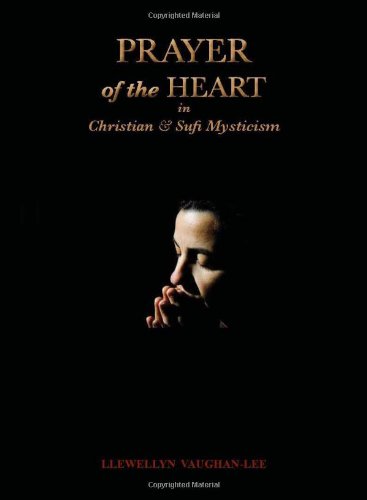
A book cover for Prayer of the Heart in Christian and Sufi Mysticism; Llewellyn Vaughan-Lee; Religion & Spirituality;